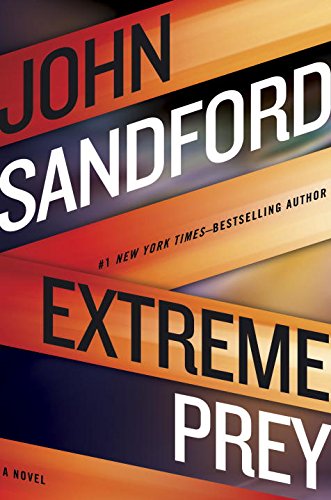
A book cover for Extreme Prey; John Sandford; Mystery, Thriller & Suspense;